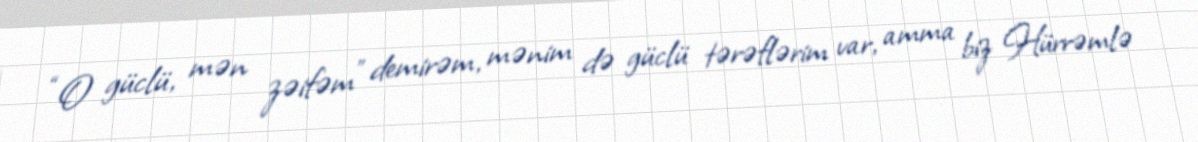
“O güclü, mən zəifəm” demirəm, mənim də güclü tərəflərim var, amma biz Hürrəmlə